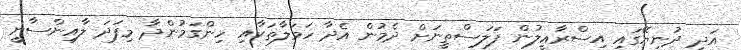
އަދި ދުނިޔޭގައި އިސްރާޢީލުން ފަލަސްތީނަށް ދެމުން އެދާ ހަމަލާތަކާއި ހިންގަމުންދާ މިފަދަ ލާއިންސާނީ